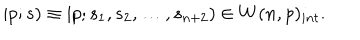
| p ; s ) \equiv | p ; s _ { 1 } , s _ { 2 } , \ldots , s _ { n + 2 } ) \in W ( n , p ) _ { i n t } .